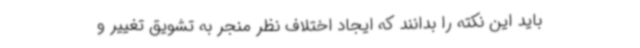
باید این نکته را بدانند که ایجاد اختلاف نظر منجر به تشویق تغییر و